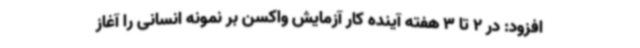
افزود: در 2 تا 3 هفته آینده کار آزمایش واکسن بر نمونه انسانی را آغاز